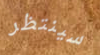
سينتظر